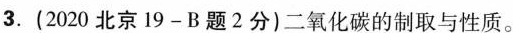
3. (2020北京19-B题2分)二氧化碳的制取与性质。